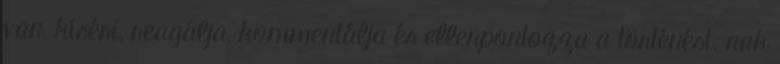
van, kíséri, reagálja, kommentálja és ellenpontozza a történést. nak